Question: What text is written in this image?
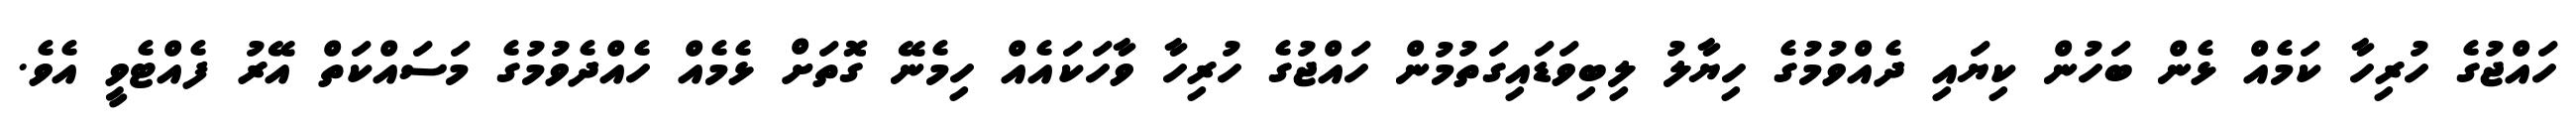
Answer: ހައްޖުގެ ހުރިހާ ކަމެއް ޅެން ބަހުން ކިޔައި ދެއްވުމުގެ ހިޔާލު ލިބިވަޑައިގަތުމުން ހައްޖުގެ ހުރިހާ ވާހަކައެއް ހިމެނޭ ގޮތަށް ޅެމެއް ހެއްދެވުމުގެ މަސައްކަތް އޭރު ފެއްޓެވީ އެވެ.